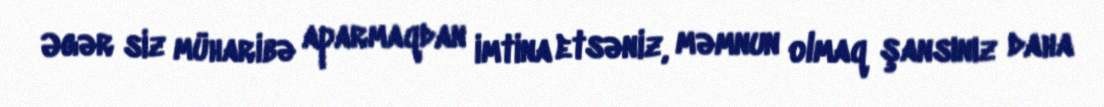
Əgər siz müharibə aparmaqdan imtina etsəniz, məmnun olmaq şansınız daha